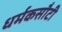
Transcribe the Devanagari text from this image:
धर्मकसौटी